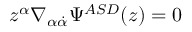
z ^ { \alpha } \nabla _ { \alpha { \dot { \alpha } } } \Psi ^ { { \cal A S D } } ( z ) = 0